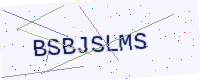
Text: BSBJSLMS